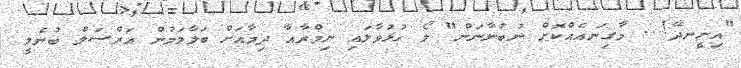
"އިށީނދޭ!... މާގިނައެއްކޮށް ނުބުނާނަން" ލޯ ހުޅުވާލައި ނިމްރާއާ ދިމާއަށް ބަލާލަމުން އަރްސަލް ބުނެލީ